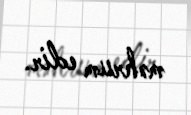
məhrum edir.